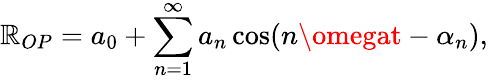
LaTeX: \mathbb{R}_{OP}=a_{0}+\sum_{n=1}^{\infty}a_{n}\cos(n\omegat-\alpha_{n}),